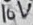
Text: 16V